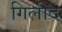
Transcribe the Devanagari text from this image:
गिलीद